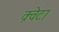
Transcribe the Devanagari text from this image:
क़्वेटा